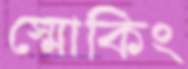
স্মোকিং